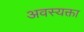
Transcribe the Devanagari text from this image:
अवस्यक्ता